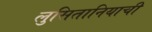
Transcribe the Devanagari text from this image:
लुसितानियाची